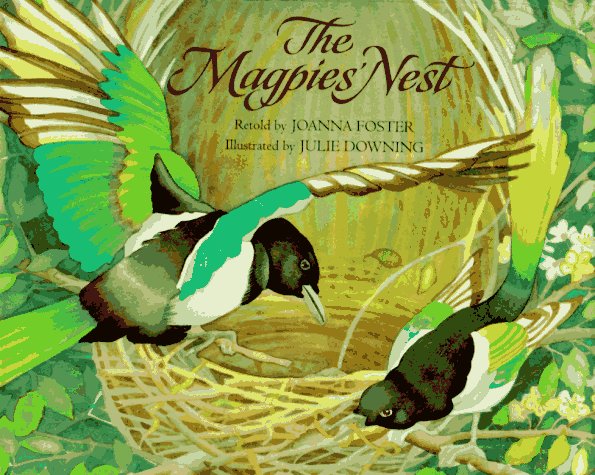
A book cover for The Magpies' Nest; Joanna Foster; Children's Books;